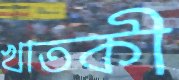
খাতকী